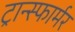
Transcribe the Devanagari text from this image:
ट्रान्स्फार्मर